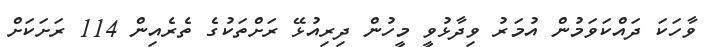
ވާހަކަ ދައްކަވަމުން އުމަރު ވިދާޅުވީ މީހުން ދިރިއުޅޭ ރަށްތަކުގެ ތެރެއިން 114 ރަށަކަށް